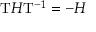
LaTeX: { \mathrm { T } } H { \mathrm { T } } ^ { - 1 } = - H